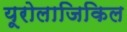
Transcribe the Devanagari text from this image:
यूरोलाजिकिल